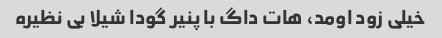
خیلی زود اومد، هات داگ با پنیر گودا شیلا بی نظیره